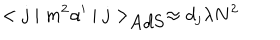
LaTeX: < j \mid m ^ { 2 } \alpha ^ { \prime } \mid j > _ { \mathrm { A d S } } \approx d _ { { j } } \lambda N ^ { 2 }